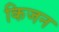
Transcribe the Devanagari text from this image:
किजन